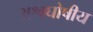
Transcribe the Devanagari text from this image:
अश्वघोषीय